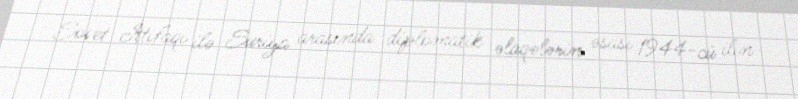
Sovet İttifaqı ilə Suriya arasında diplomatik əlaqələrin əsası 1944-cü ilin